Leaving Certificate Examination, 1920, 1920
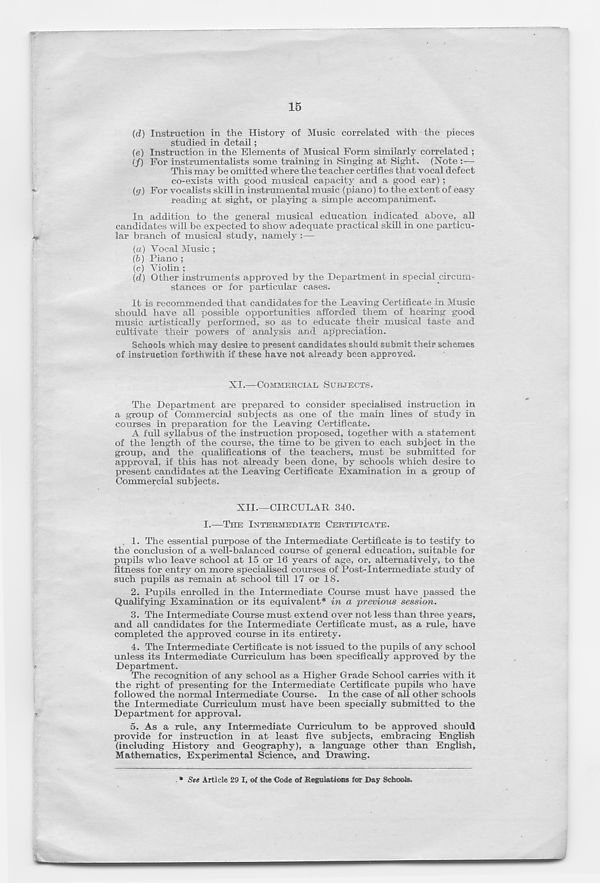
15
(d) Instruction in the History of Music correlated with the pieces
studied in detail;
(e) Instruction in the Elements of Musical Form similarly correlated ;
{/) For instrumentalists some training in Singing at Sight. (Note :—
This may be omitted where the teacher certifies that vocal defect
co-exists with good musical capacity and a good ear) ;
(g) For vocalists skill in instrumental music (piano) to the extent of easy
reading at sight, or playing a simple accompaniment.
In addition to the general musical education indicated above, all
candidates will be expected to show adequate practical skill in one particu-
lar branch of musical study, namely:—
(а) Vocal Music ;
(б) Piano ;
(c) Violin ;
{d) Other instruments approved by the Department in special circum-
stances or for particular cases.
It is recommended that candidates for the Leaving Certificate in Music
should have all possible opportunities afforded them of hearing good
music artistically performed, so as to educate their musical taste and
cultivate their powers of analysis and appreciation.
Schools which may desire to present candidates should submit their schemes
of instruction forthwith if these have not already been approved.
XI.—COMMERCIAL SUBJECTS.
The Department are prepared to consider specialised instruction in
a group of Commercial subjects as one of the main lines of study in
courses in preparation for the Leaving Certificate.
A full syllabus of the instruction proposed, together with a statement
of the length of the course, the time to be given to each subject in the
group, and the qualifications of the teachers, must be submitted for
approval, if this has not already been done, by schools which desire to
present candidates at the Leaving Certificate Examination in a group of
Commercial subjects.
XII.—CIRCULAR 340.
I.—THE INTERMEDIATE CERTIFICATE.
1. The essential purpose of the Intermediate Certificate is to testify to
the conclusion of a well-balanced course of general education, suitable for
pupils who leave school at 15 or 16 years of age, or, alternatively, to the
fitness for entry on more specialised courses of Post-Intermediate study of
such pupils as remain at school till 17 or 18.
2. Pupils enrolled in the Intermediate Course must have passed the
Qualifying Examination or its equivalent* in a previous session.
3. The Intermediate Course must extend over not less than three years,
and all candidates for the Intermediate Certificate must, as a rule, have
completed the approved course in its entirety.
4. The Intermediate Certificate is not issued to the pupils of any school
unless its Intermediate Curriculum has been specifically approved by the
Department.
The recognition of any school as a Higher Grade School carries with it
the right of presenting for the Intermediate Certificate pupils who have
followed the normal Intermediate Course. In the case of all other schools
the Intermediate Curriculum must have been specially submitted to the
Department for approval.
5. As a rule, any Intermediate Curriculum to be approved should
provide for instruction in at least five subjects, embracing English
(including History and Geography), a language other than English,
Mathematics, Experimental Science, and Drawing.
* See Article 29 I, of the Code of Regulations for Day Schools.